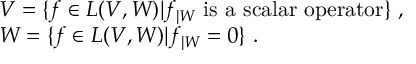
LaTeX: \begin{array} { r c l } { { } } & { { } } & { { { \cal V } = \{ f \in { \cal L } ( V , W ) \vert f _ { | W } ~ \mathrm { i s ~ a ~ s c a l a r ~ o p e r a t o r } \} ~ , } } \\ { { } } & { { } } & { { { \cal W } = \{ f \in { \cal L } ( V , W ) \vert f _ { | W } = 0 \} ~ . } } \end{array}